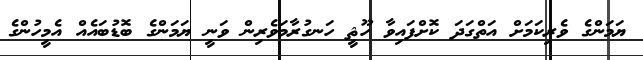
ޔަމަންގެ ވެރިކަމަށް އަތްގަދަ ކޮށްފައިވާ ހޫޘީ ހަނގުރާމަވެރިން ވަނީ ޔަމަންގެ ބޮޑުބައެއް އެމީހުންގެ